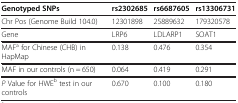
| Genotyped SNPs | rs2302685 | rs6687605 | rs13306731 |
 | --- | --- | --- | --- |
 | Chr Pos (Genome Build 104.0) | 12301898 | 25889632 | 179320578 |
 | Gene | LRP6 | LDLARP1 | SOAT1 |
 | MAFa for Chinese (CHB) in HapMap | 0.138 | 0.476 | 0.354 |
 | MAF in our controls (n = 650) | 0.064 | 0.419 | 0.291 |
 | P Value for HWEb test in our controls | 0.670 | 0.100 | 0.180 |